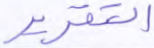
التقرير